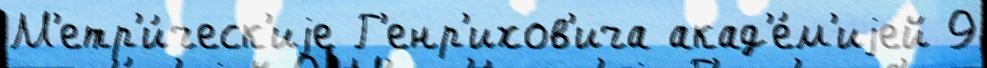
М'етр'и́ческ'иjе Г'енр'ихов'ича акад'е́м'иjей 9